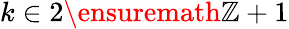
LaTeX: k\in 2\ensuremath{\mathbb{Z}}+1